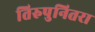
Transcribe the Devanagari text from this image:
तिरुपुनितरा